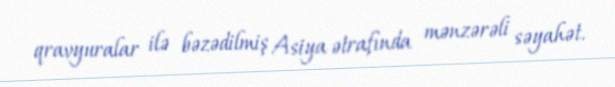
qravyuralar ilə bəzədilmiş Asiya ətrafında mənzərəli səyahət.